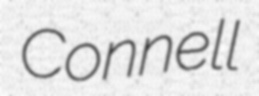
Connell